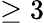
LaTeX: \geq 3